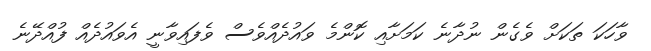
ވާހަކަ ތަކަށް ވެގެން ނުދާނެ ކަމަށާއި ކޮންމެ ވައުދެއްވެސް ވެފައިވާނީ އެވައުދެއް ފުއްދޭނެ